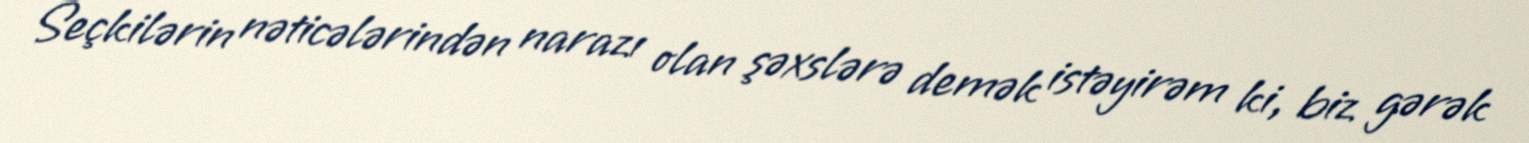
Seçkilərin nəticələrindən narazı olan şəxslərə demək istəyirəm ki, biz gərək